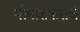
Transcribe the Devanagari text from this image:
भीमाशंकराचे